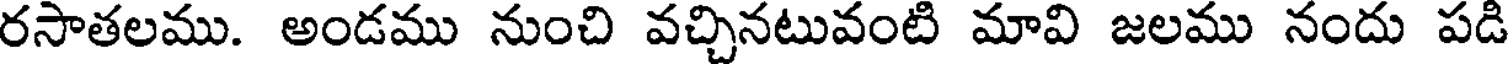
రసాతలము. అండము నుంచి వచ్చినటువంటి మావి జలము నందు పడి